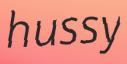
hussy